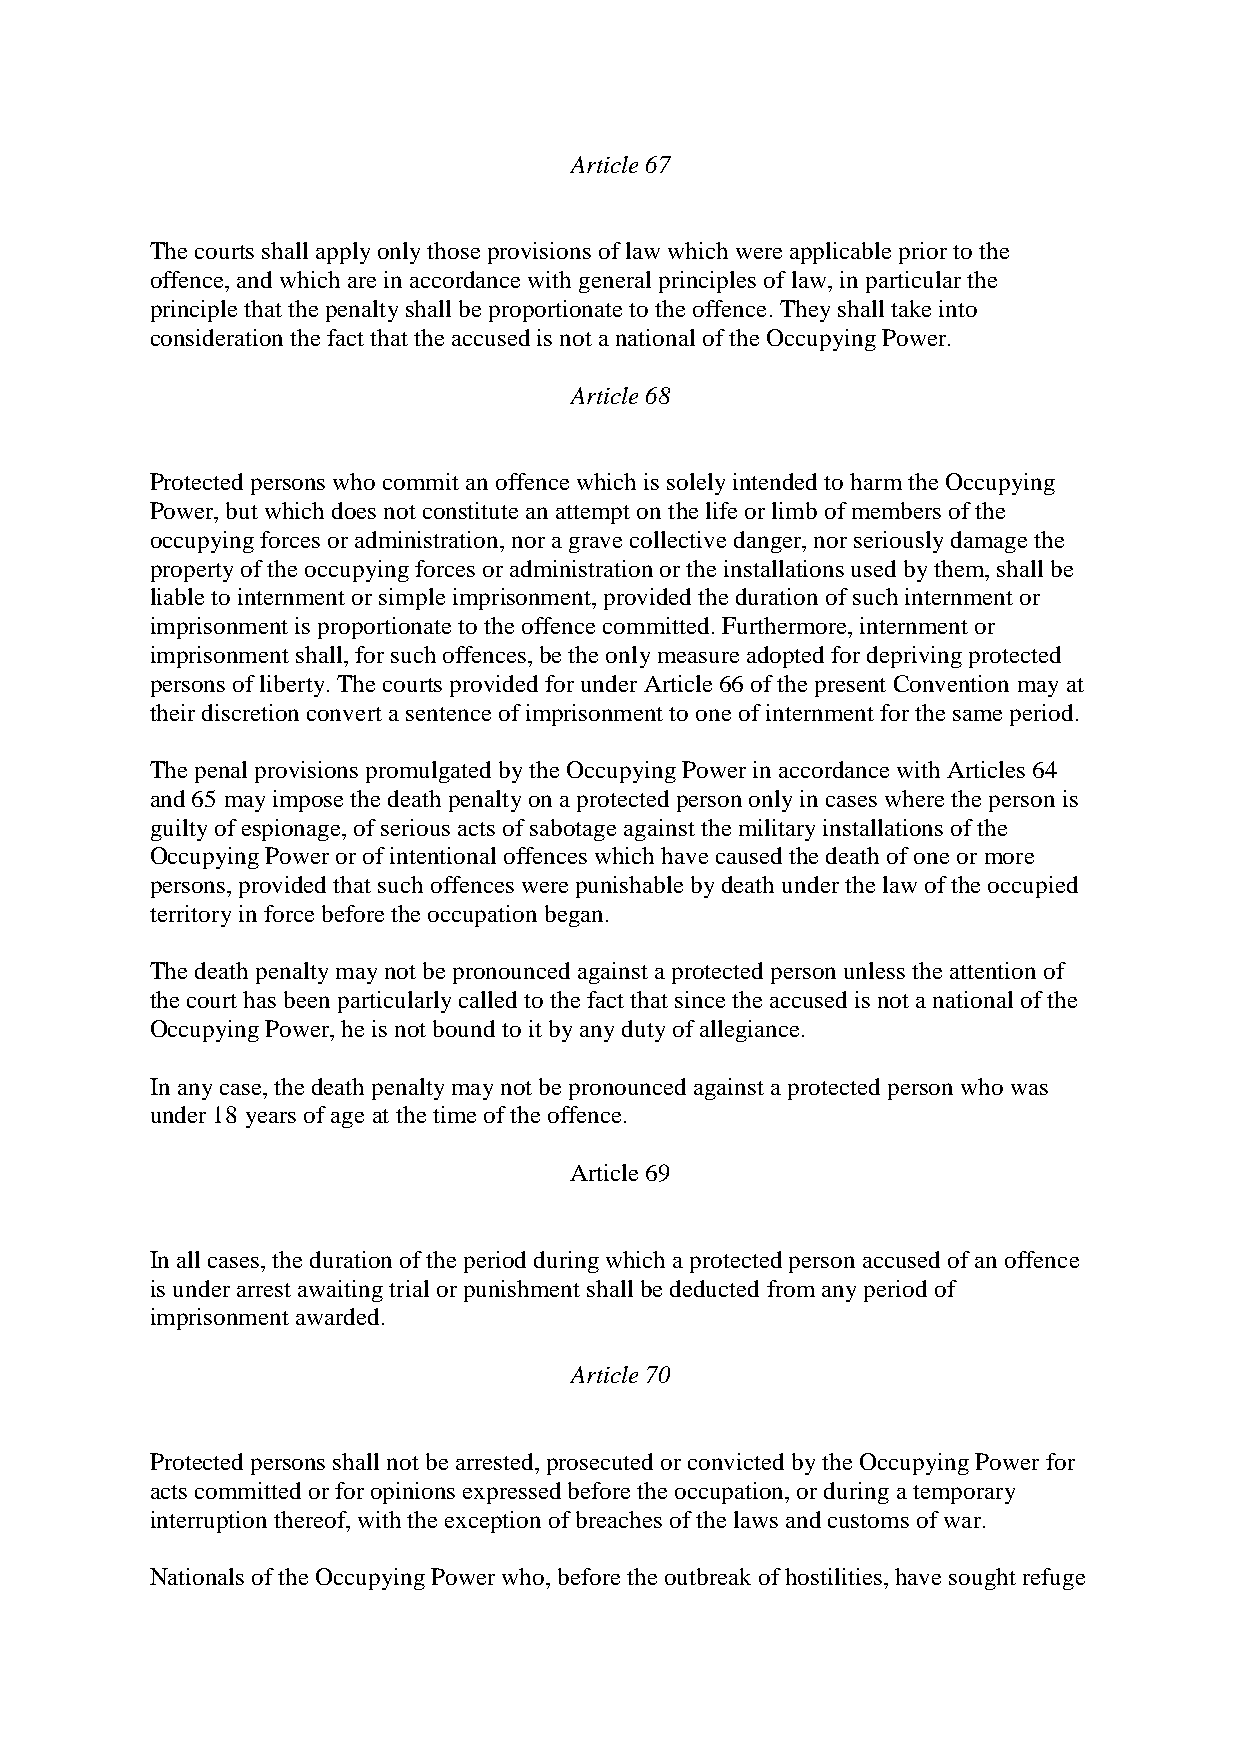
Article 67
 The courts shall apply only those provisions of law which were applicable prior to the
 offence, and which are in accordance with general principles of law, in particular the
 principle that the penalty shall be proportionate to the offence. They shall take into
 consideration the fact that the accused is not a national of the Occupying Power.
 Article 68
 Protected persons who commit an offence which is solely intended to harm the Occupying
 Power, but which does not constitute an attempt on the life or limb of members of the
 occupying forces or administration, nor a grave collective danger, nor seriously damage the
 property of the occupying forces or administration or the installations used by them, shall be
 liable to internment or simple imprisonment, provided the duration of such internment or
 imprisonment is proportionate to the offence committed. Furthermore, internment or
 imprisonment shall, for such offences, be the only measure adopted for depriving protected
 persons of liberty. The courts provided for under Article 66 of the present Convention may at
 their discretion convert a sentence of imprisonment to one of internment for the same period.
 The penal provisions promulgated by the Occupying Power in accordance with Articles 64
 and 65 may impose the death penalty on a protected person only in cases where the person is
 guilty of espionage, of serious acts of sabotage against the military installations of the
 Occupying Power or of intentional offences which have caused the death of one or more
 persons, provided that such offences were punishable by death under the law of the occupied
 territory in force before the occupation began.
 The death penalty may not be pronounced against a protected person unless the attention of
 the court has been particularly called to the fact that since the accused is not a national of the
 Occupying Power, he is not bound to it by any duty of allegiance.
 In any case, the death penalty may not be pronounced against a protected person who was
 under 18 years of age at the time of the offence.
 Article 69
 In all cases, the duration of the period during which a protected person accused of an offence
 is under arrest awaiting trial or punishment shall be deducted from any period of
 imprisonment awarded.
 Article 70
 Protected persons shall not be arrested, prosecuted or convicted by the Occupying Power for
 acts committed or for opinions expressed before the occupation, or during a temporary
 interruption thereof, with the exception of breaches of the laws and customs of war.
 Nationals of the Occupying Power who, before the outbreak of hostilities, have sought refuge